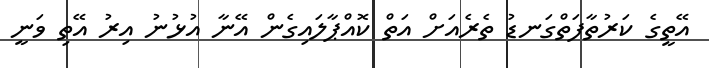
އޭތީގެ ކަރުތާފަތްގަނޑު ތެރެއަށް އަތް ކޮއްޕާލައިގެން އޭނާ އުޅުނު އިރު އޭތި ވަނީ